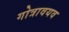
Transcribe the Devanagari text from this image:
गोत्रावयव